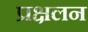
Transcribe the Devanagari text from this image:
प्रक्षलन